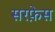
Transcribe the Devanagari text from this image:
सरफ़ेस